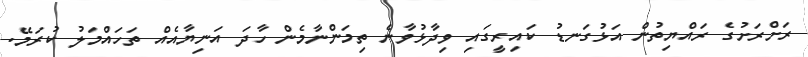
ރަށްރަށުގެ ރައްޔިތުން އަޅުގަނޑު ކައިރީގައި ވިދާޅުވާނެ ތިމަންނާމެން ހާދަ އަނިޔާއެއް ތަހައްމަލު ކުރަމޭ.